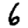
Digit: 6